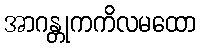
အာဂန္တုကကိလမထော